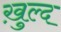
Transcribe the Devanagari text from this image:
ख़ुल्द